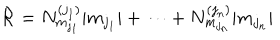
{ \mathcal R } = N _ { m _ { j _ { 1 } } } ^ { ( j _ { 1 } ) } | m _ { j _ { 1 } } | + \cdots + N _ { m _ { j _ { n } } } ^ { ( j _ { n } ) } | m _ { j _ { n } } |